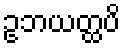
ဥဘယတ္ထပိ